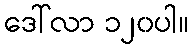
ဒေါ်လာ ၁၂၀ပါ။